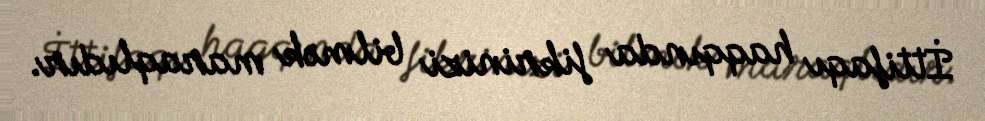
İttifaqı haqqında fikrinizi bilmək maraqlıdır.